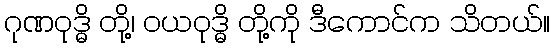
ဂုဏဝုဒ္ဓိ တို့၊ ဝယဝုဒ္ဓိ တို့ကို ဒီကောင်က သိတယ်။